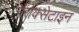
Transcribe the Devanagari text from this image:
पैरोक्सेटाइन